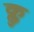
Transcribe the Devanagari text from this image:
क्लु